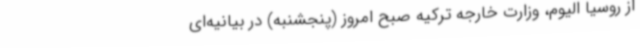
از روسیا الیوم، وزارت خارجه ترکیه صبح امروز (پنجشنبه) در بیانیه‌ای